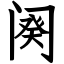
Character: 阕